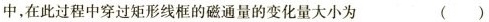
中，在此过程中穿过矩形线框的磁通量的变化量大小为 ()